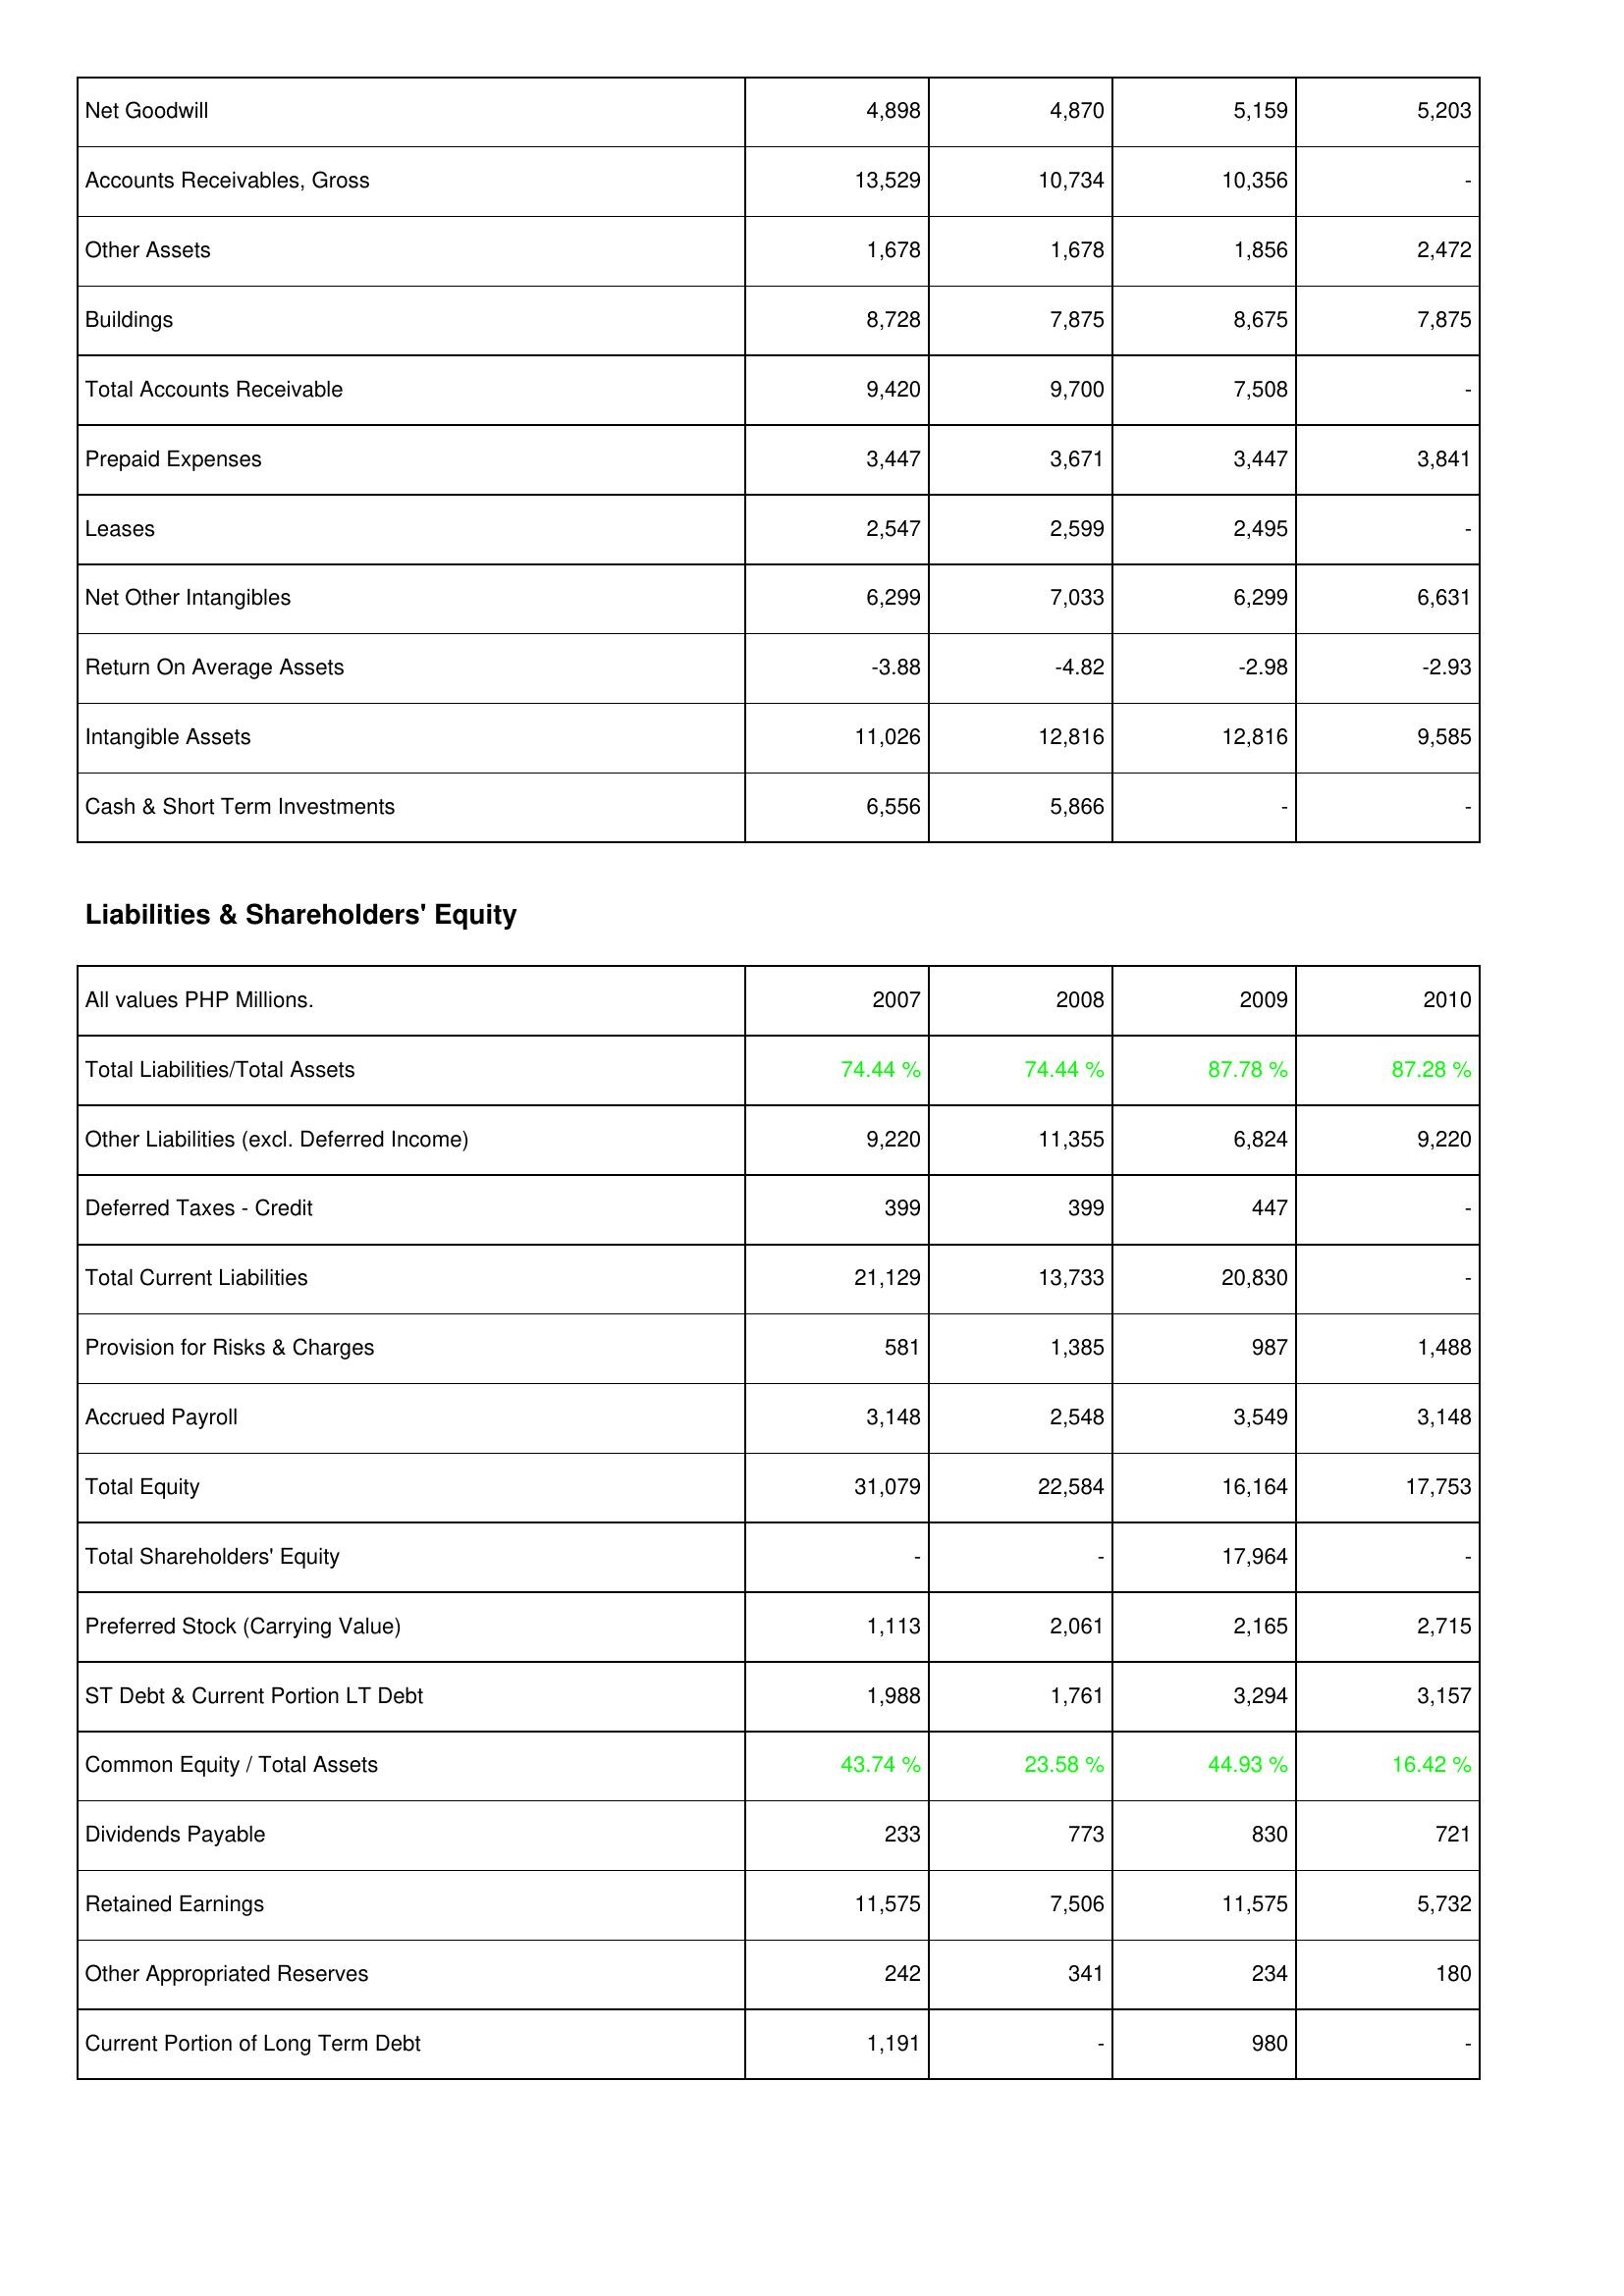
2007: Assets: Net Goodwill: 4,898
Accounts Receivables, Gross: 13,529
Other Assets: 1,678
Buildings: 8,728
Total Accounts Receivable: 9,420
Prepaid Expenses: 3,447
Leases: 2,547
Net Other Intangibles: 6,299
Return On Average Assets: -3.88
Intangible Assets: 11,026
Cash & Short Term Investments: 6,556
Liabilities & Shareholders' Equity: Total Liabilities/Total Assets: 74.44 %
Other Liabilities (excl. Deferred Income): 9,220
Deferred Taxes - Credit: 399
Total Current Liabilities: 21,129
Provision for Risks & Charges: 581
Accrued Payroll: 3,148
Total Equity: 31,079
Total Shareholders' Equity: -
Preferred Stock (Carrying Value): 1,113
ST Debt & Current Portion LT Debt: 1,988
Common Equity / Total Assets: 43.74 %
Dividends Payable: 233
Retained Earnings: 11,575
Other Appropriated Reserves: 242
Current Portion of Long Term Debt: 1,191
2008: Assets: Net Goodwill: 4,870
Accounts Receivables, Gross: 10,734
Other Assets: 1,678
Buildings: 7,875
Total Accounts Receivable: 9,700
Prepaid Expenses: 3,671
Leases: 2,599
Net Other Intangibles: 7,033
Return On Average Assets: -4.82
Intangible Assets: 12,816
Cash & Short Term Investments: 5,866
Liabilities & Shareholders' Equity: Total Liabilities/Total Assets: 74.44 %
Other Liabilities (excl. Deferred Income): 11,355
Deferred Taxes - Credit: 399
Total Current Liabilities: 13,733
Provision for Risks & Charges: 1,385
Accrued Payroll: 2,548
Total Equity: 22,584
Total Shareholders' Equity: -
Preferred Stock (Carrying Value): 2,061
ST Debt & Current Portion LT Debt: 1,761
Common Equity / Total Assets: 23.58 %
Dividends Payable: 773
Retained Earnings: 7,506
Other Appropriated Reserves: 341
Current Portion of Long Term Debt: -
2009: Assets: Net Goodwill: 5,159
Accounts Receivables, Gross: 10,356
Other Assets: 1,856
Buildings: 8,675
Total Accounts Receivable: 7,508
Prepaid Expenses: 3,447
Leases: 2,495
Net Other Intangibles: 6,299
Return On Average Assets: -2.98
Intangible Assets: 12,816
Cash & Short Term Investments: -
Liabilities & Shareholders' Equity: Total Liabilities/Total Assets: 87.78 %
Other Liabilities (excl. Deferred Income): 6,824
Deferred Taxes - Credit: 447
Total Current Liabilities: 20,830
Provision for Risks & Charges: 987
Accrued Payroll: 3,549
Total Equity: 16,164
Total Shareholders' Equity: 17,964
Preferred Stock (Carrying Value): 2,165
ST Debt & Current Portion LT Debt: 3,294
Common Equity / Total Assets: 44.93 %
Dividends Payable: 830
Retained Earnings: 11,575
Other Appropriated Reserves: 234
Current Portion of Long Term Debt: 980
2010: Assets: Net Goodwill: 5,203
Accounts Receivables, Gross: -
Other Assets: 2,472
Buildings: 7,875
Total Accounts Receivable: -
Prepaid Expenses: 3,841
Leases: -
Net Other Intangibles: 6,631
Return On Average Assets: -2.93
Intangible Assets: 9,585
Cash & Short Term Investments: -
Liabilities & Shareholders' Equity: Total Liabilities/Total Assets: 87.28 %
Other Liabilities (excl. Deferred Income): 9,220
Deferred Taxes - Credit: -
Total Current Liabilities: -
Provision for Risks & Charges: 1,488
Accrued Payroll: 3,148
Total Equity: 17,753
Total Shareholders' Equity: -
Preferred Stock (Carrying Value): 2,715
ST Debt & Current Portion LT Debt: 3,157
Common Equity / Total Assets: 16.42 %
Dividends Payable: 721
Retained Earnings: 5,732
Other Appropriated Reserves: 180
Current Portion of Long Term Debt: -